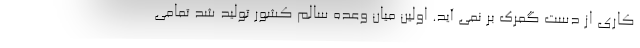
کاری از دست گمرک بر نمی آید. اولین میان وعده سالم کشور تولید شد تمامی